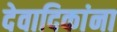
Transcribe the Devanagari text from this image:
देवादिकांना